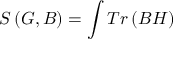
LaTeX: S \left( G , B \right) = \int T r \left( B H \right)